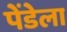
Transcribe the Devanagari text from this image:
पेंडेला